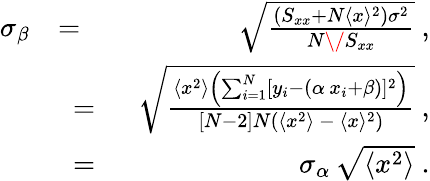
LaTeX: \begin{array}{rlr}{\sigma_{\beta}}&{=}&{\sqrt{{\frac{(S_{xx}+N\langle{x}\rangle^{2})\sigma^{2}}{N\/ S_{xx}}}}\ ,}\\ &{\ =\ }&{\sqrt{{{\frac{\langle{x}^{2}\rangle\left(\sum_{i=1}^{N}[y_{i}-(\alpha\, x_{i}+\beta)]^{2}\right)}{[N-2]N(\langle{x}^{2}\rangle\ -\ \langle{x}\rangle^{2})}}}}\ ,}\\ &{\ =\ }&{\sigma_{\alpha}\, \sqrt{\langle{x}^{2}\rangle}\ .}\end{array}